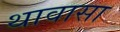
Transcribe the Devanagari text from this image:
थावासा